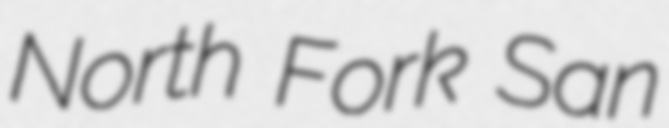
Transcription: North Fork San